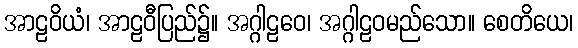
အာဠဝိယံ၊ အာဠဝီပြည်၌။ အဂ္ဂါဠဝေ၊ အဂ္ဂါဠဝမည်သော။ စေတိယေ၊